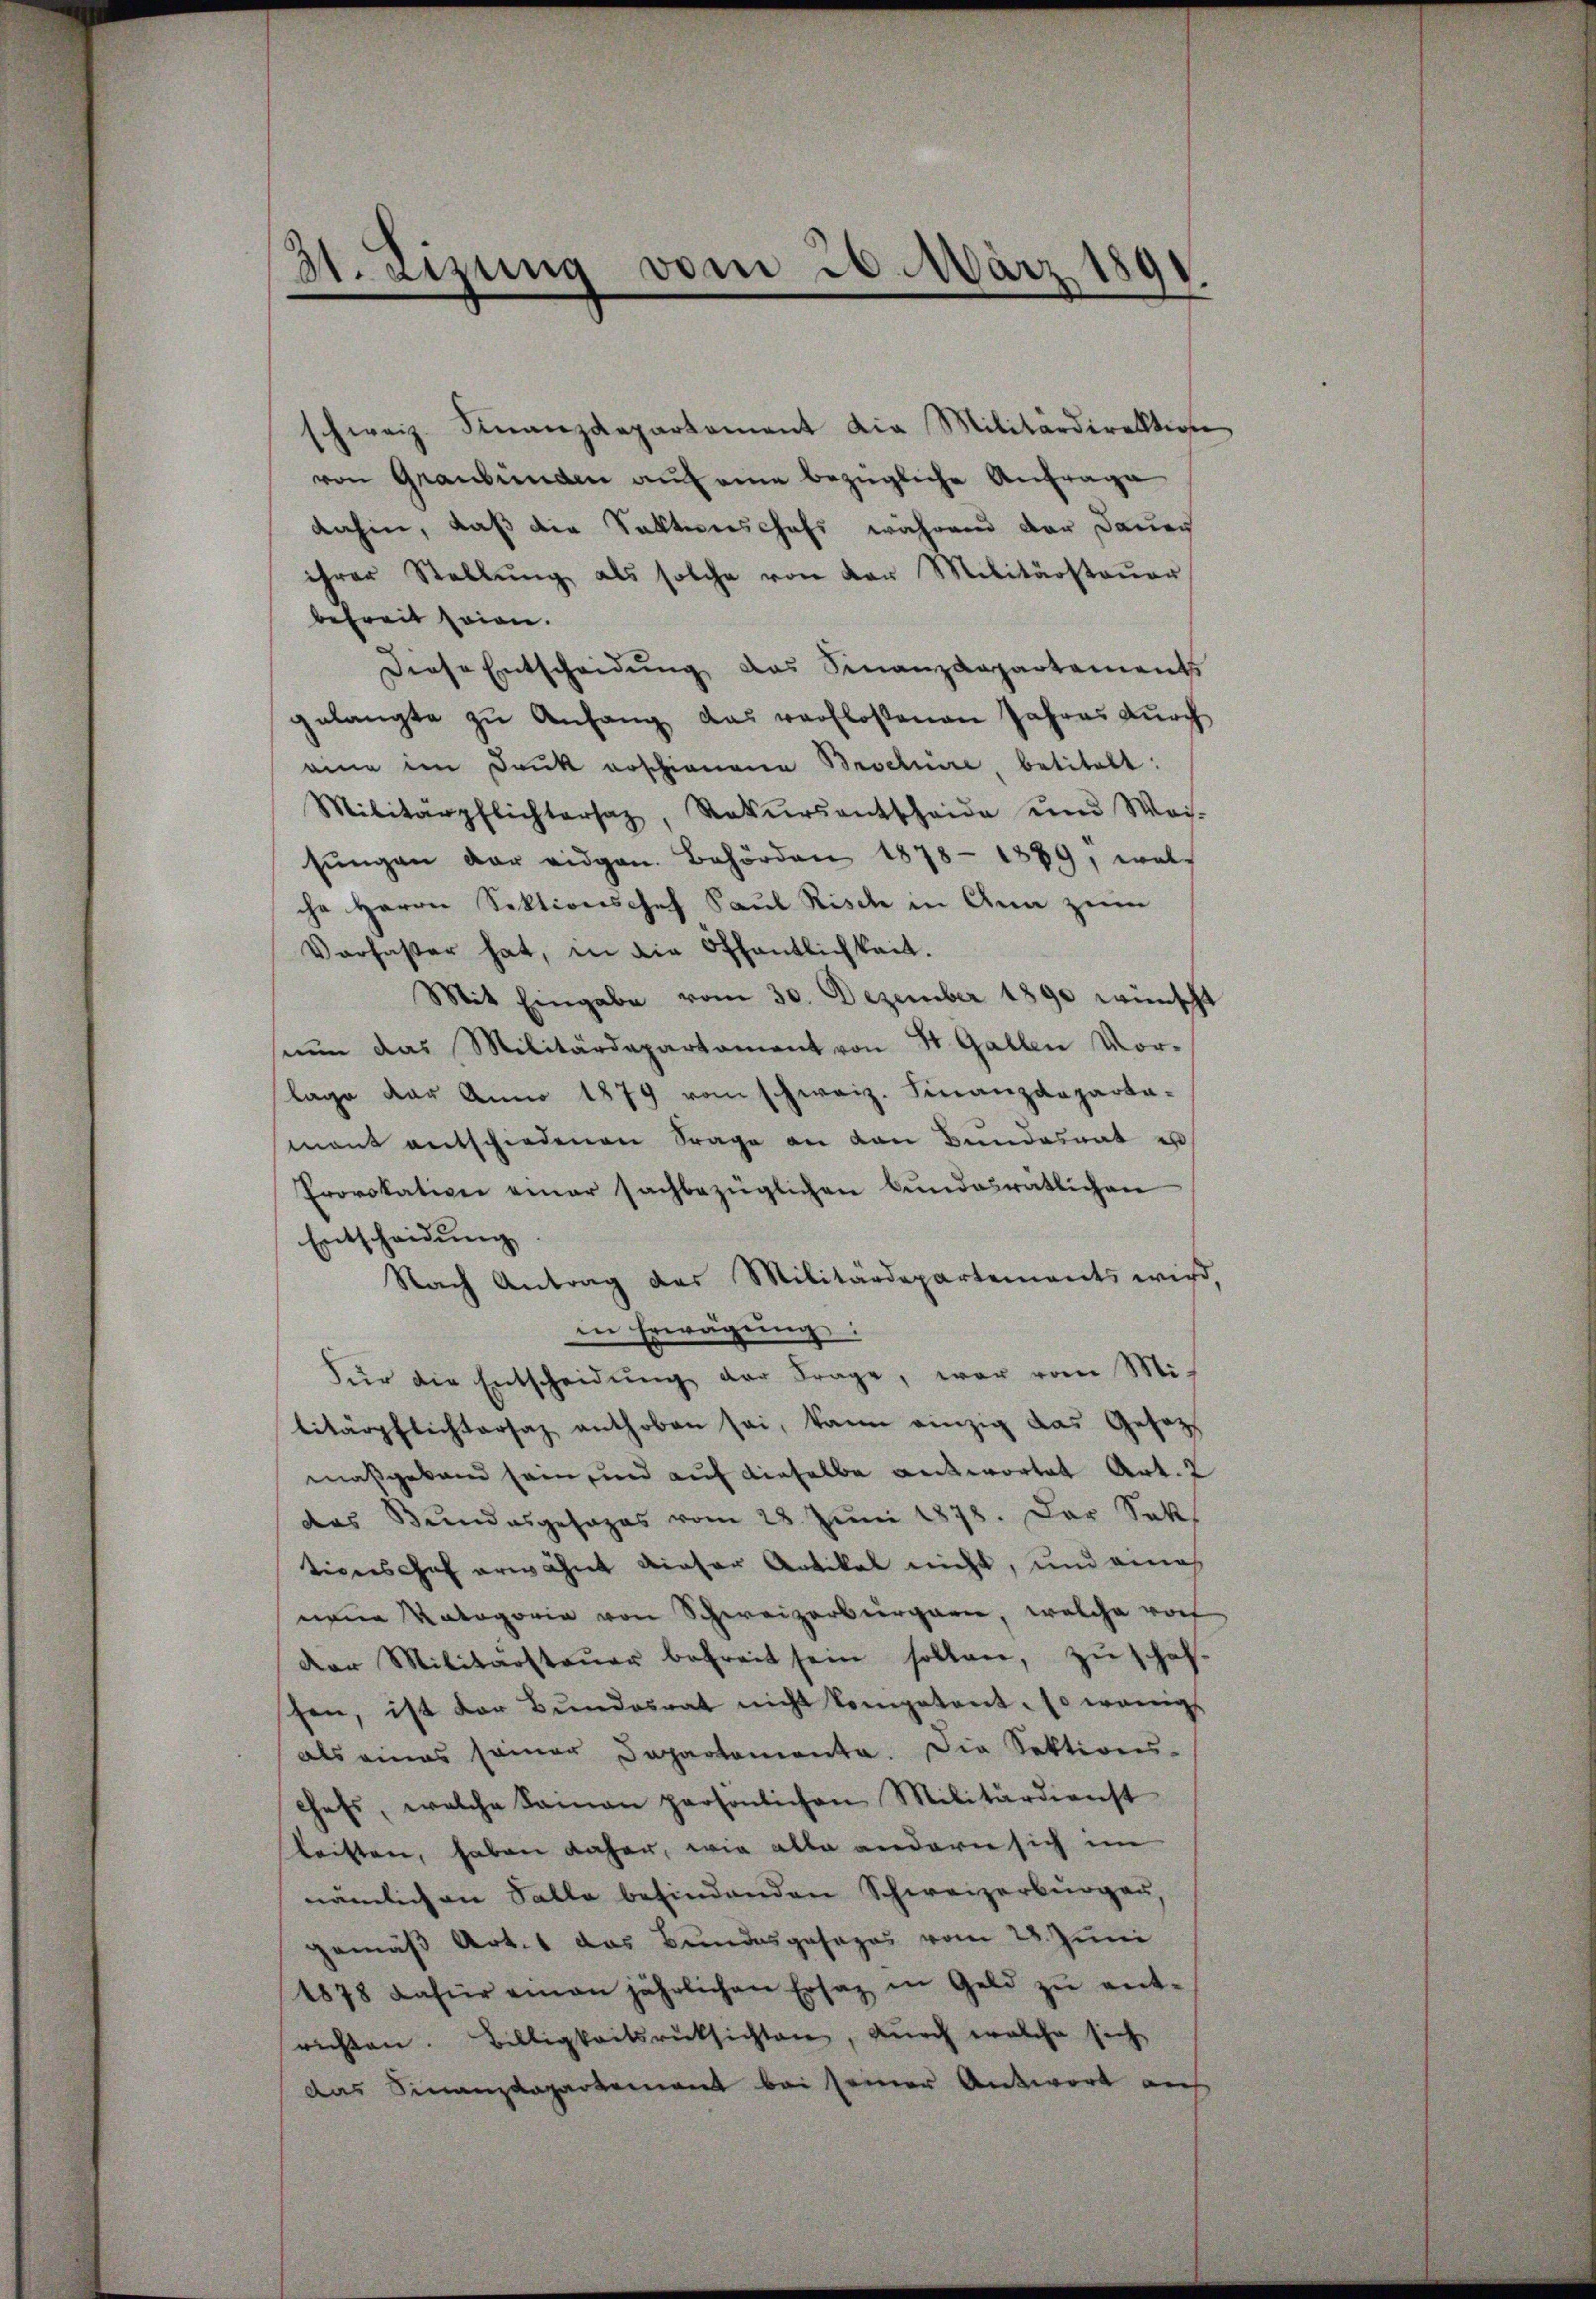
Setzung vom 26. März 1891

ihrer Stellŭng als solche von der Militärsteŭer
befreit seien.
diese Entscheidŭng das Finanzdepartements
gelangte zu Anfang das verfloßenen Jahres durch
eie im Druk erschienene Beschüre, betitelt:
Militärpflichtersaz, Rekŭrsentscheide und Wei-
sŭngen der eidgen. Behörden 1878 - 1889, welc
che Herrn Sektionsosef Paul Risch in Ana zum
Verfaßter hat, in die Öffentlichkeit.
Mit Eingabe vom 30. Dezember 1890 wünscht
nŭn das Militärdepartament von St. Gallen Vor-
lage der Anno 1879 vom schweiz. Finanzdeparta-
mant entschiedenen Frage an den Bundesrat es
Provokation einer sachbezüglichen Bŭndesratlichen
Entscheidung
Nach Antrag des Militärdepartements wird,
in Erwägung:
Für die Entscheidŭng der Frage, war vom Militärpflichtersaz enthoben sei, kann einzig das Gesetzmaßgeband sein, und auf dieselbe antwortet Art. 2
das Bundesgesages vom 28. Jŭni 1878. Der Sek
tiverschof erwähnt dieser Artikel nicht, und einah
neue Kategorie von Schweizerbergare, welche vorf
der Militärsteŭer befreit sein sollen, zŭschaf-
sen, ist der Bŭndesrat nicht kompetent. So wenigs
als eines seiner Departemente. Die Sektions-
chefs, welche Sainan persönlichen Militärdienst
leisten, haben daher, wie alle andern sich im
nämlichen Salle befindenden Schweizerbürgen,
gemäß Art. 1 das Bundesgesages vom 28. Juni
1878 Jahr eman jährlichen Ersatz in Geld zŭ ent-
richten. Billigkeitsrücksichten, durch welche sich
das Finanzdepartement bei seiner Antwort auf

schweiz. Finanzdepartament die Militärdirektion
von Graubünden auf eine bezügliche Anfrage
dahin, daß die Takterschofs, während der Dauer